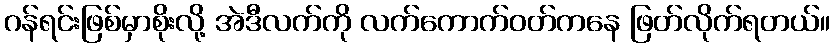
ဂန်ရင်းဖြစ်မှာစိုးလို့ အဲဒီလက်ကို လက်ကောက်ဝတ်ကနေ ဖြတ်လိုက်ရတယ်။